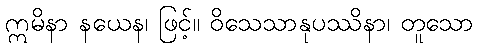
ဣမိနာ နယေန၊ ဖြင့်။ ဝိသေသာနုပဿိနာ၊ တူသော